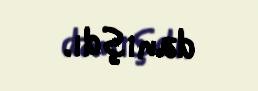
danışdı.